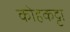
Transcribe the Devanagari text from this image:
कोहकट्टा